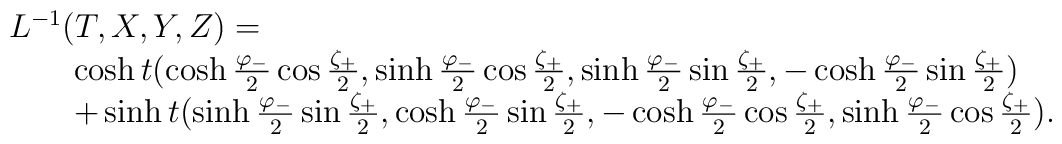
\begin{array}{l}L^{-1}(T,X,Y,Z)=   \\\qquad \cosh t(\cosh\frac{\varphi_{-}}{2}\cos\frac{\zeta_{+}}{2},\sinh\frac{\varphi_{-}}{2}\cos\frac{\zeta_{+}}{2},\sinh\frac{\varphi_{-}}{2}\sin\frac{\zeta_{+}}{2},-\cosh\frac{\varphi_{-}}{2}\sin\frac{\zeta_{+}}{2})\\\qquad  +\sinh t(\sinh\frac{\varphi_{-}}{2}\sin\frac{\zeta_{+}}{2},\cosh\frac{\varphi_{-}}{2}\sin\frac{\zeta_{+}}{2},-\cosh\frac{\varphi_{-}}{2}\cos\frac{\zeta_{+}}{2},\sinh\frac{\varphi_{-}}{2}\cos\frac{\zeta_{+}}{2}).\end{array}